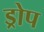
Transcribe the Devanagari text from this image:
ड्रोप